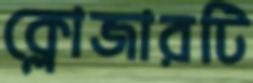
ক্লোজারটি